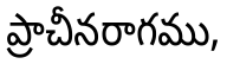
ప్రాచీనరాగము,